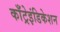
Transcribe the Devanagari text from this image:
काँट्रेइंडिकेशन